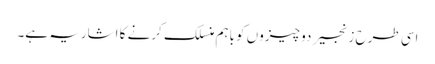
اسی طرح زنجیر دو چیزوں کو باہم منسلک کرنے کا اشاریہ ہے۔